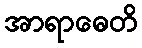
အာရာဓေတိ